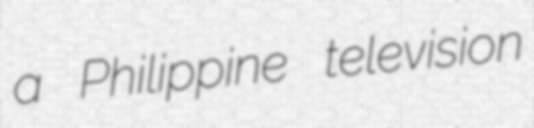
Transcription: a Philippine television